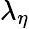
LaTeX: \lambda_{\eta}